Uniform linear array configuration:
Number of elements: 8
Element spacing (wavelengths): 0.25
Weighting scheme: binomial
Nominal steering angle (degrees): -45
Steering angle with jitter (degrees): -44.334
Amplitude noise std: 0.05
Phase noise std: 0.05

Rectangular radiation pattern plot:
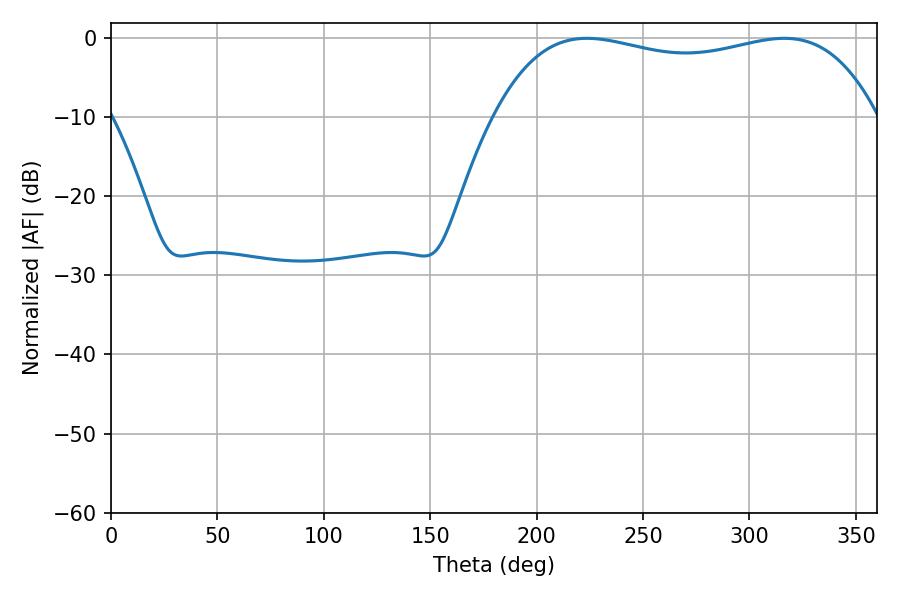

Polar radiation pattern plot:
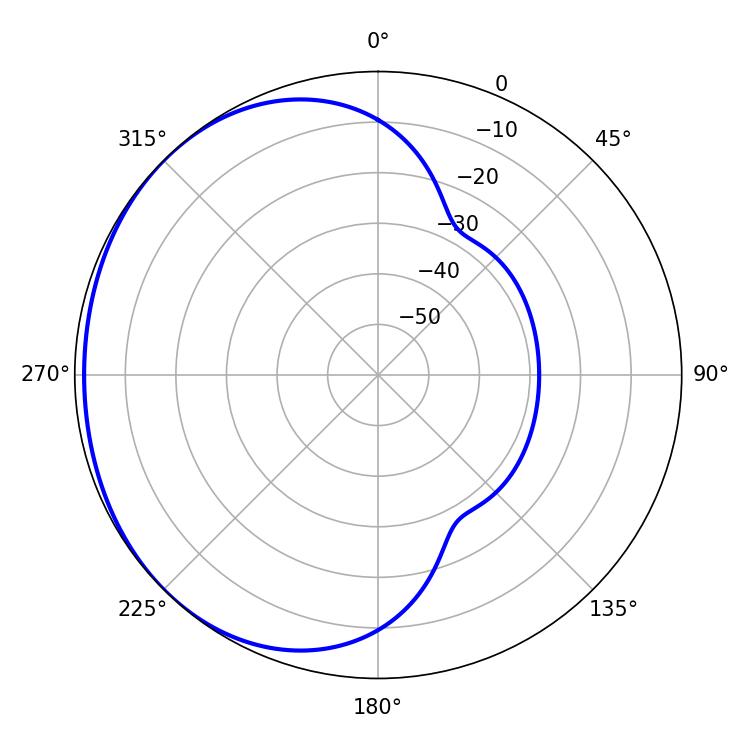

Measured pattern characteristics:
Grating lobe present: FALSE
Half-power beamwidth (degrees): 145.44
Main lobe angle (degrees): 223.56